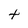
Character: t